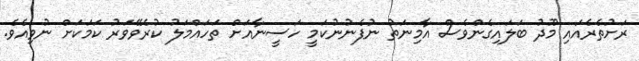
ރަށުތެރެއައި މޫދު ބަލައިގެންވެސް އާމިނަތު ނުފެނުނުކަމީ ހަސީނާއަށް ތަހައްމަލު ކުރެވޭވަރު ކަމަކަށް ނުވިއެވެ.